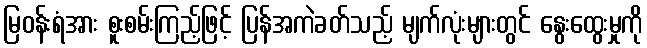
မြဝန်းရံအား စူးစမ်းကြည့်ဖြင့် ပြန်အကဲခတ်သည့် မျက်လုံးများတွင် နွေးထွေးမှုကို